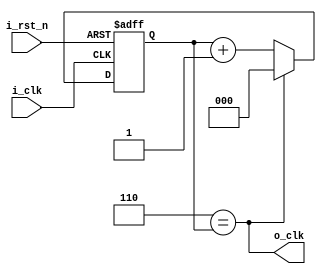
module const_div(i_clk, i_rst_n, o_clk);

input           i_clk;
input           i_rst_n;
output          o_clk;

parameter       DIV_BY = 7;
localparam      N = $clog2(DIV_BY);

reg     [N-1:0] cnt;

wire    [N-1:0] cnt_max      = (DIV_BY-1);
wire            sync_rst_cnt = (cnt_max== cnt);

assign o_clk = sync_rst_cnt;

always @(posedge i_clk, negedge i_rst_n) begin
    if(~i_rst_n) begin
        cnt <= 0;
    end else begin
        if (sync_rst_cnt)
            cnt <= 0;
        else
            cnt <= cnt + 1'b1;
    end
end

endmodule